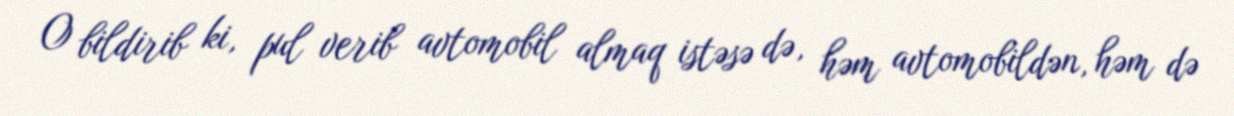
O bildirib ki, pul verib avtomobil almaq istəsə də, həm avtomobildən, həm də